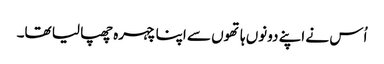
اُس نے اپنے دونوں ہاتھوں سے اپنا چہرہ چھپا لیا تھا۔